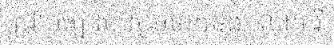
ជ្រាបច្បាស់ សូមទាក់ទង លោក រី